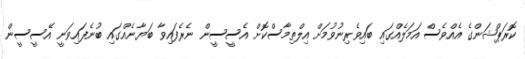
ކޮރަޕްޝަންގެ އެއްވެސް އަމަލެއްގައި ބައިވެރިނުވުމަށް އިލްތިމާސްކޮށް އެސީސީން ނެރެފައިވާ ބަޔާނެއްގައި ބުނެފައިވަނީ އޭސީސީން